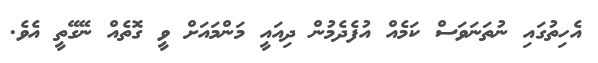
އެހިތުގައި ނުތަނަވަސް ކަމެއް އުފެދެމުން ދިއައީ މަންމައަށް ވީ ގޮތެއް ނޭގޭތީ އެވެ.